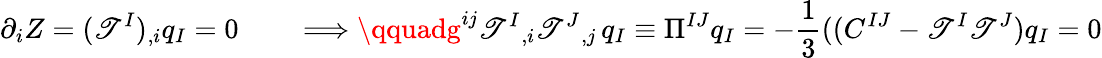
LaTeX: \partial_{i}Z=(\mathscr{T}^{I})_{,i}q_{I}=0\qquad\Longrightarrow\qquadg^{ij}\mathscr{T}^{I}{}_{,i}\mathscr{T}^{J}{}_{,j}\, q_{I}\equiv\Pi^{IJ}q_{I}=-{\frac{{1}}{{3}}}((C^{IJ}-\mathscr{T}^{I}\mathscr{T}^{J})q_{I}=0